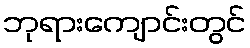
ဘုရားကျောင်းတွင်